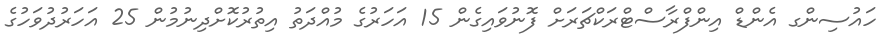
ހައުސިންގ އެންޑް އިންފްރާސްޓްރަކްޗަރަށް ފޮނުވައިގެން 15 އަހަރުގެ މުއްދަތު އިތުރުކޮށްދިނުމުން 25 އަހަރުދުވަހުގެ